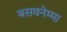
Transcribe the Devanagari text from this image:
बसवनेम्मा